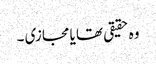
وہ حقیقی تھا یا مجازی ۔